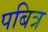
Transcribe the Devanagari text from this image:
पबित्र